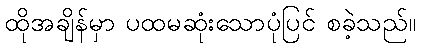
ထိုအချိန်မှာ ပထမဆုံးသောပုံပြင် စခဲ့သည်။